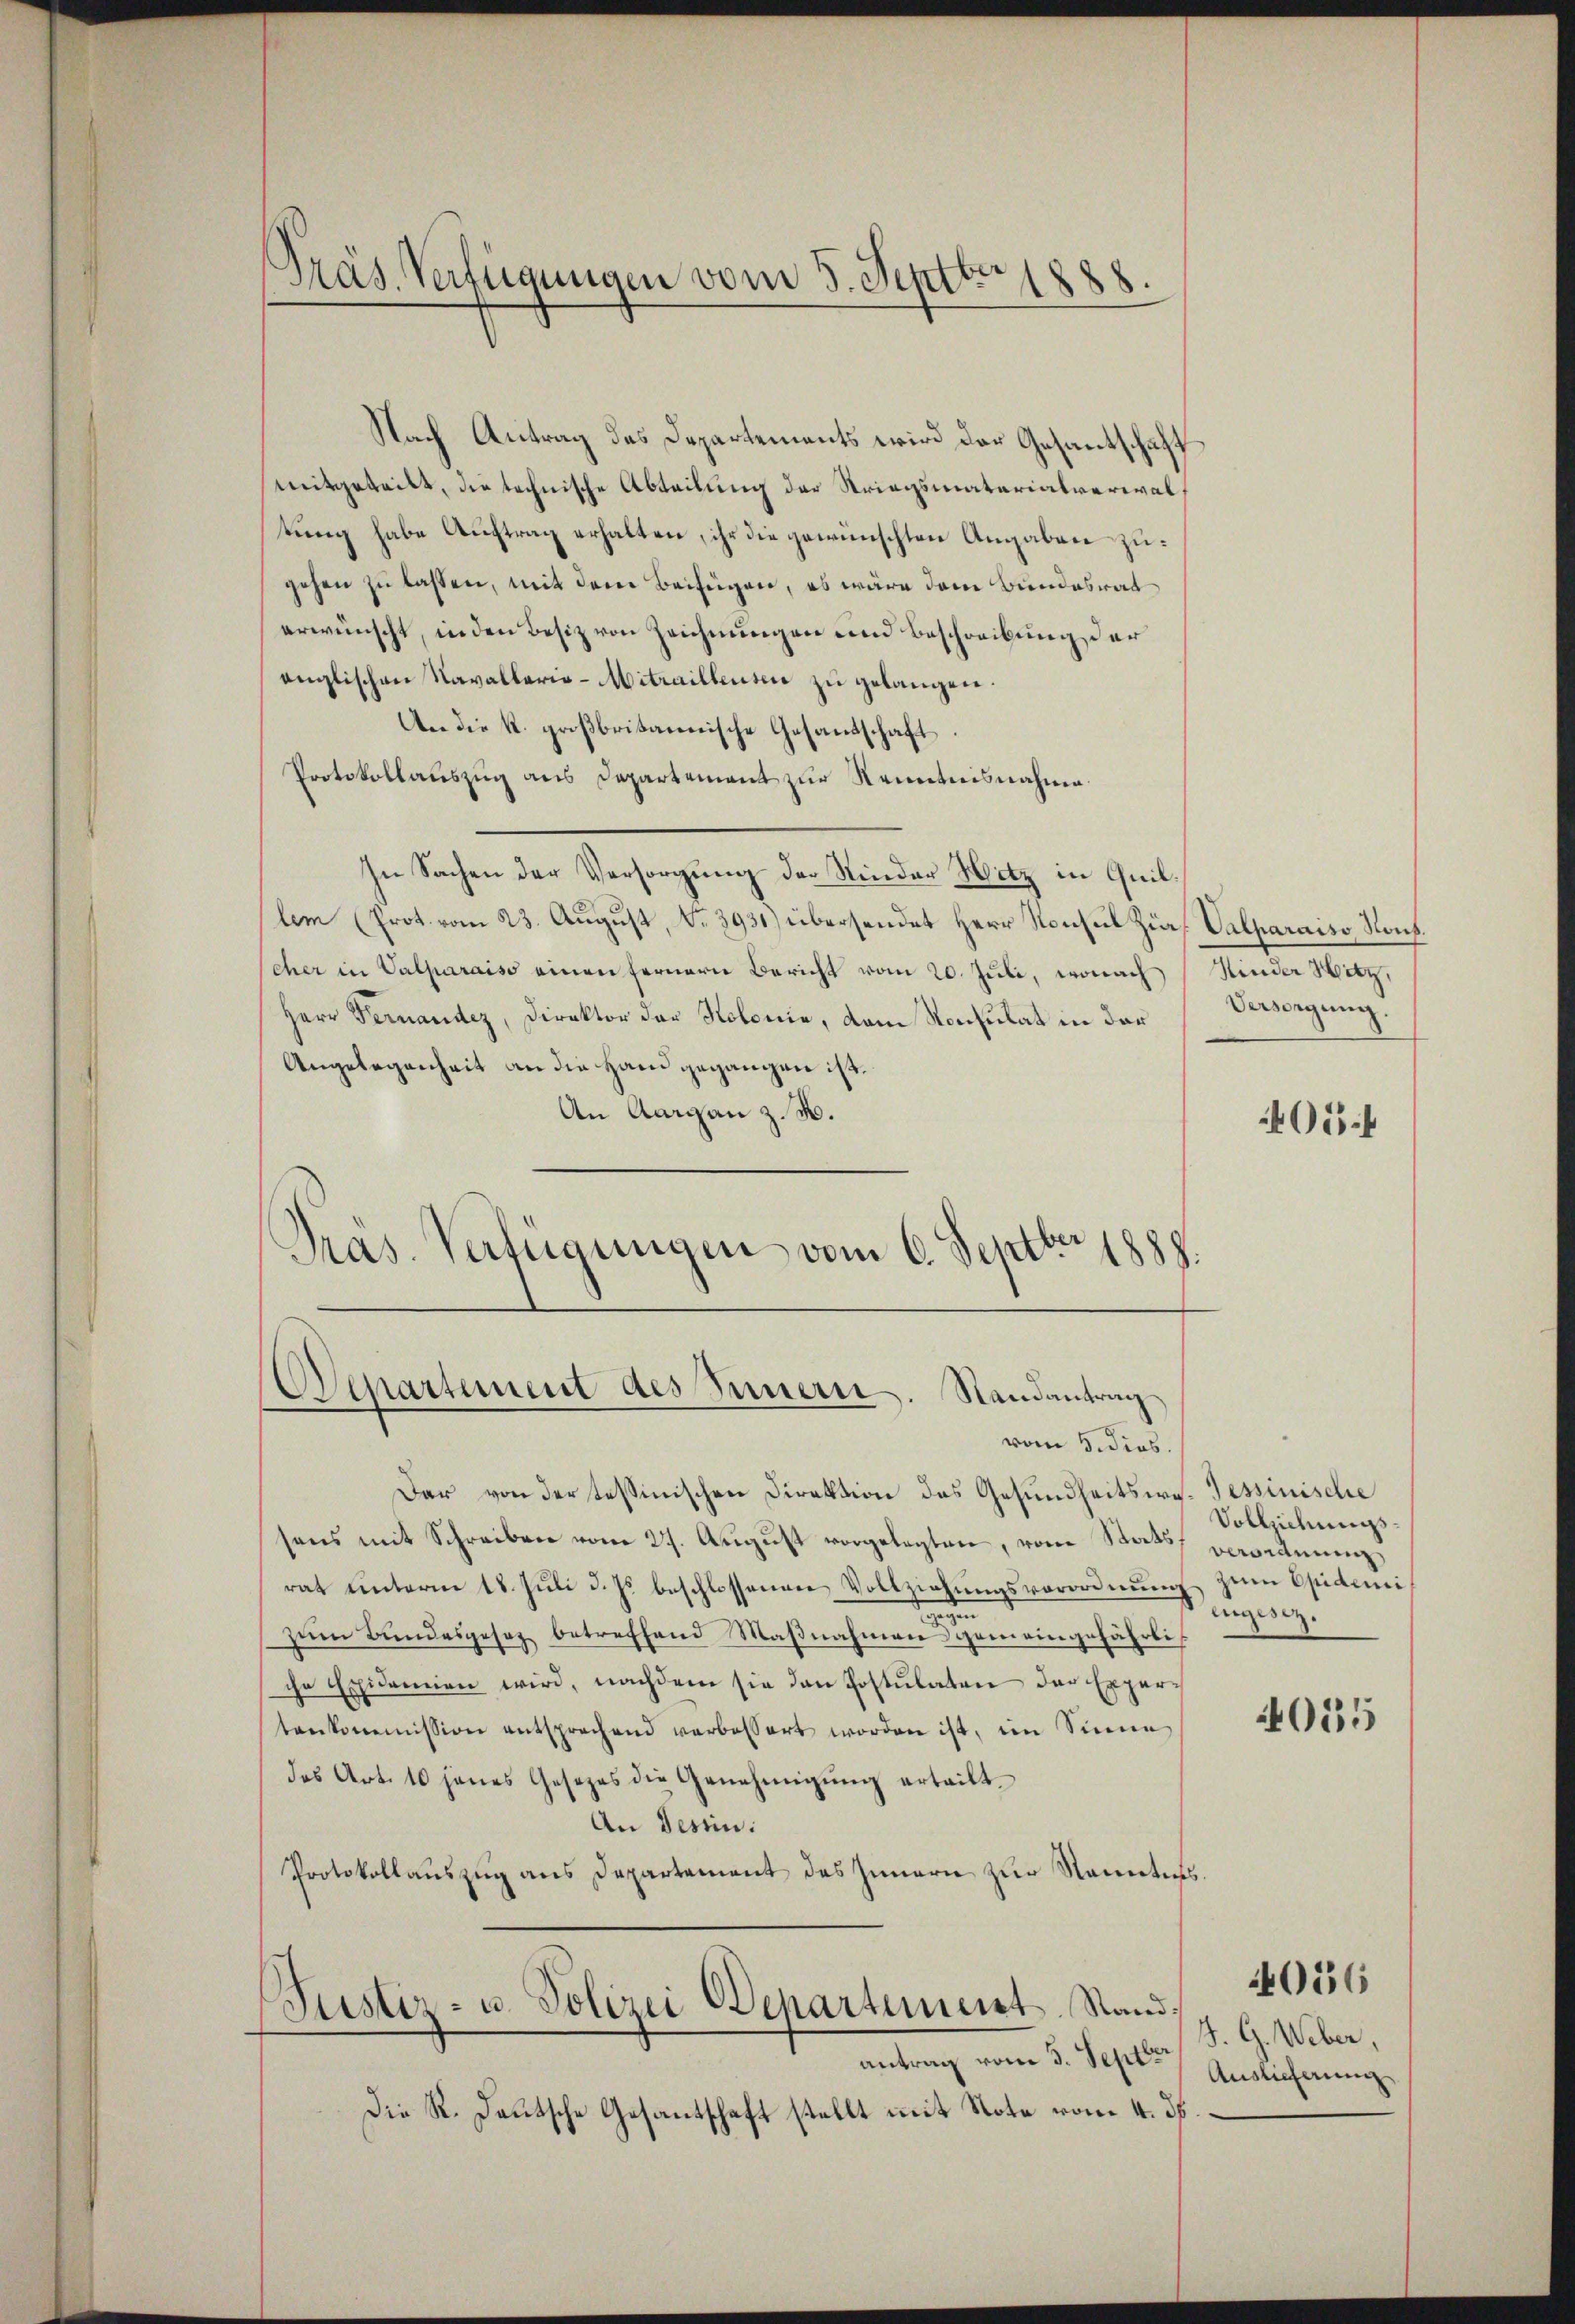
Präs. Verfügungen vom 5. Septbr. 1888.

Nach Antrag des Departements wird der Gesantschaft
mitgeteilt, die technische Abteilung der Striegsmaterialverwaltung habe Auftrag erhalten, ihr die gewünschten Angaben zugehen zu lassen, mit dem Beifügen, es wäre dem Bundesrat
erwünscht, in den Besiz von Zeichnungen und Beschreibung der
englischen Navallario-Mitraillenten zu gelangen.
An die k. großbritannische Gesandschaft.
Protokollauszug aus Departement zur Kenntnisnahme
In Sachen der Versorgung der Rinder Hitz in Quillem (Prot. vom 23. August, N. 3931) übersendet Herr Konsul Zur Valparaiso Kons.
cher in Valparaiso einen fernern Bericht vom 20. Juli, wonach Hinder Hitz,
Herr Fernander, Direktor der Kolonie, vom Konsulat in der
Angelegenheit an die Hand gegangen ist.
An Aargau z. B.
Pras. Verfügungen vom 6. Septbr. 1888.

Departement des Innern. Randantrag

vom 5. dies.
Dar von der tessinischen Direktion des Gesundheitswe-Tessinische
sens mit Schreiben vom 27. Aŭgŭst vorgelegten, von Stats verordnung
rat ŭnterm 18. Jŭli d. Js. beschlossenen Vollziehŭngsverordnŭng zŭm Epidemi
e
zum Bundesgesez betreffend Maßnahmens gemeingefährliche Exidemien wird, nachdem sie den Postulaten der Expertenkommission entsprechend verbessert worden ist, im Sinne
das Art. 10 janes Gesezes die Genehmigŭng erteilt.
An Tessin.
Protokollaŭszŭg ans Departement des Innern zŭr Namentes.
Justiz- u. Polizei Departement. Stand.
antrag vom 5. Septer
Die R. Deutsche Gesantschaft stellt mit Note vom 4. ds.

Versorgung.

406 f

Vollziehungsengesez.

4055

J. G. Weber,
Auslieferung

4056